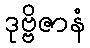
ဒုဗ္ဗိဇာနံ